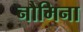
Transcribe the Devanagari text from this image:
नौमिना